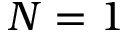
N = 1